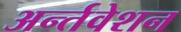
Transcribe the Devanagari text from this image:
अर्न्तवेशन